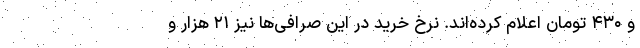
و ۴۳۰ تومان اعلام کرده‌اند. نرخ خرید در این صرافی‌ها نیز ۲۱ هزار و